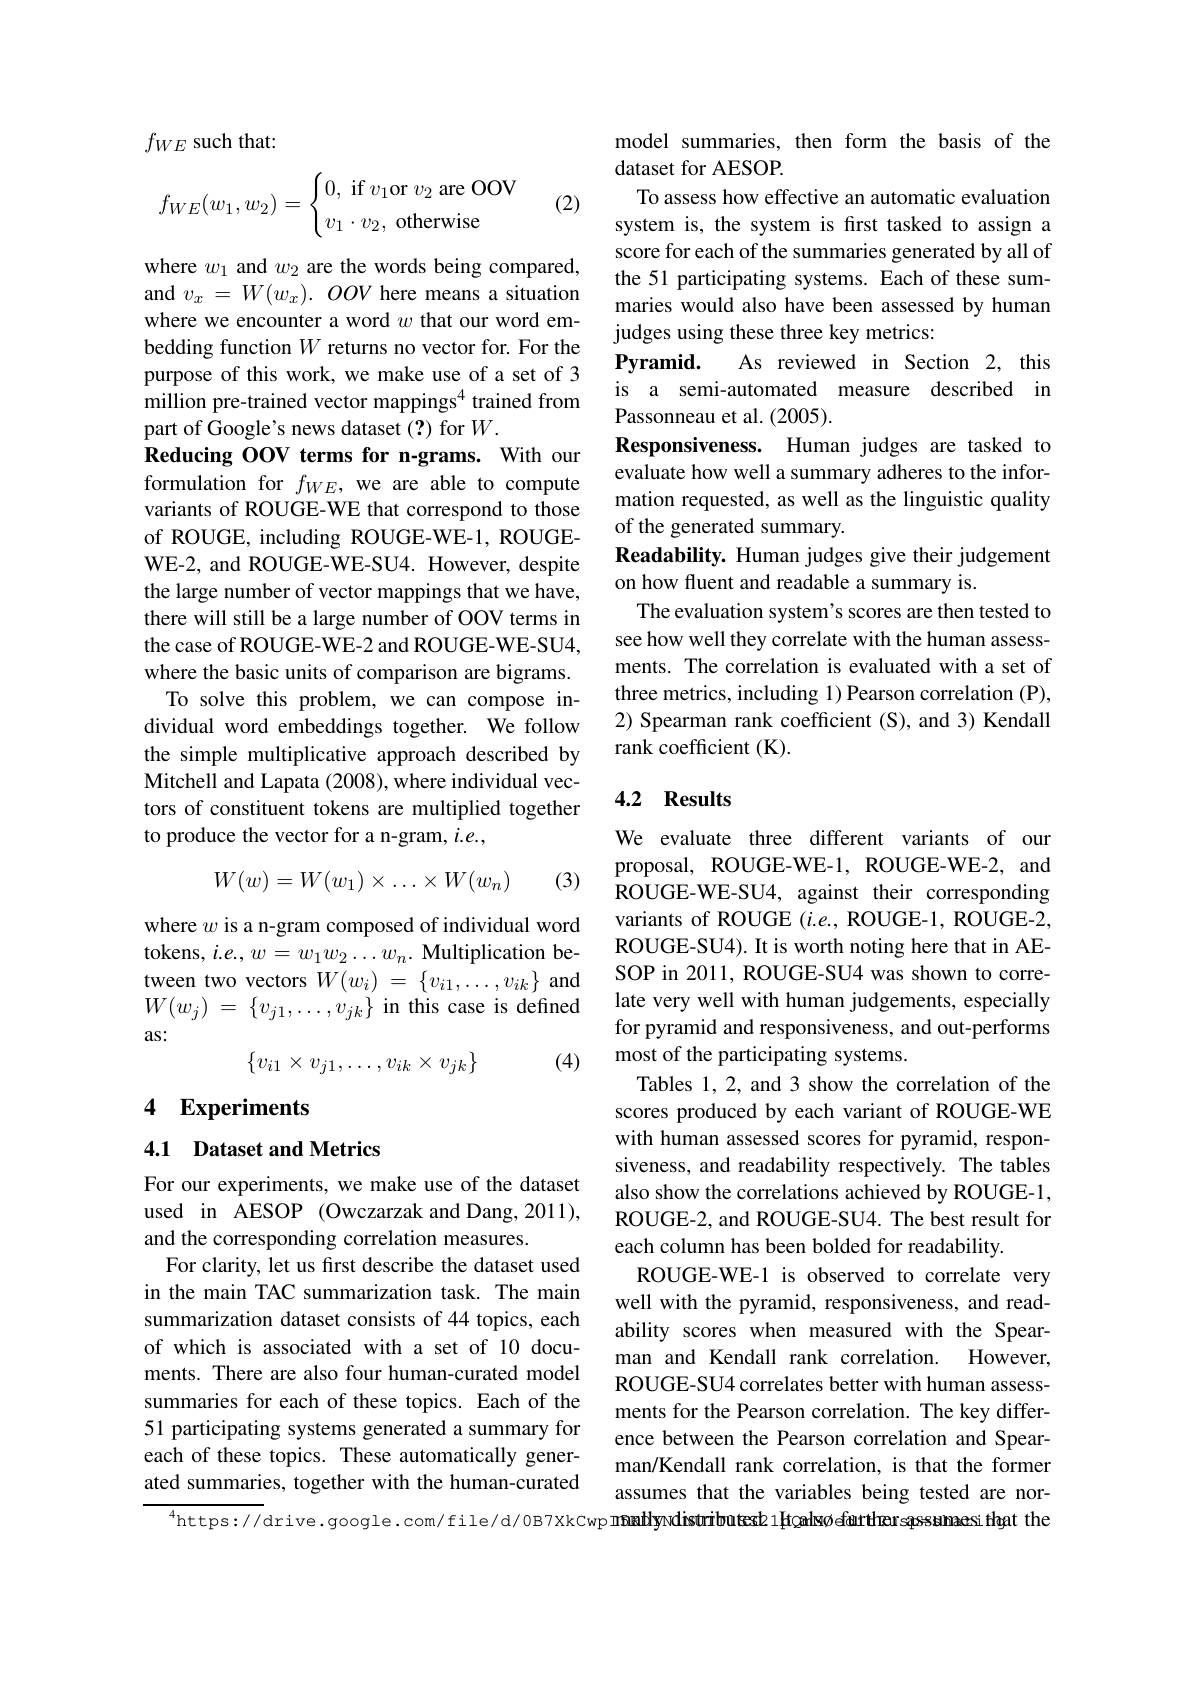
$f_{WE}$ such that:
$$f_{WE}(w_1,w_2)=\begin{cases}0,\text{if}v_1\text{or}v_2\text{are OOV}\\v_1\cdot v_2,\text{otherwise}\end{cases}$$
(2)

where $w_1$ and $w_2$ are the words being compared, and $v_x= W( w_x) . \textit{ OOV here means a situation}$ where we encounter a word $w$ that our word embedding function $W$ returns no vector for. For the purpose of this work, we make use of a set of 3 million pre-trained vector mappings$^{4}$ trained from part of Google's news dataset (?) for $W.$
Reducing OOV terms for n-grams. With our formulation for $f_{WE}$, we are able to compute variants of ROUGE-WE that correspond to those of ROUGE, including ROUGE-WE-1, ROUGEWE-2, and ROUGE-WE-SU4. However, despite the large number of vector mappings that we have, there will still be a large number of OOV terms in the case of ROUGE-WE-2 and ROUGE-WE-SU4, where the basic units of comparison are bigrams.
To solve this problem, we can compose individual word embeddings together. We follow the simple multiplicative approach described by Mitchell and Lapata (2008), where individual vectors of constituent tokens are multiplied together to produce the vector for a n-gram, $i.e.$,
$$W(w)=W(w_1)\times\ldots\times W(w_n)$$
(3)

where $w$ is a n-gram composed of individual word tokens, $i.e.,w=w_1w_2\ldots w_n.$ Multiplication between two vectors $W( w_i)$ = $\{ v_{i1}, \ldots , v_{ik}\}$ and $W( w_j)$ = $\{ v_{j1}, \ldots , v_{jk}\}$ in this case is defined late very well with human judgements, especially$W( w_j)$ = $\{ v_{j1}, \ldots , v_{jk}\}$ in this case is defined for nvarmid and racnoncivenacs and out nerforms
as:
$$\{v_{i1}\times v_{j1},\dots,v_{ik}\times v_{jk}\}$$
(4)

## 4 Experiments

4.1 Dataset and Metrics

For our experiments, we make use of the dataset used in AESOP (Owczarzak and Dang,2011), and the corresponding correlation measures.
For clarity, let us first describe the dataset used in the main TAC summarization task. The main summarization dataset consists of 44 topics, each of which is associated with a set of 10 documents. There are also four human-curated model summaries for each of these topics. Each of the 51 participating systems generated a summary for each of these topics. These automatically generated summaries, together with the human-curated

model summaries, then form the basis of the
dataset for AESOP.

To assess how effective an automatic evaluation system is, the system is first tasked to assign a score for each of the summaries generated by all of the 51 participating systems. Each of these summaries would also have been assessed by human judges using these three key metrics:
$\mathbf{Pyramid}.$
As reviewed in Section 2, this
is a semi-automated measure described in
Passonneau et al.(2005).
Responsiveness. Human judges are tasked to evaluate how well a summary adheres to the information requested, as well as the linguistic quality of the generated summary.
Readability. Human judges give their judgement
on how fluent and readable a summary is.
The evaluation system's scores are then tested to see how well they correlate with the human assessments. The correlation is evaluated with a set of three metrics, including 1) Pearson correlation (P), 2) Spearman rank coefficient (S), and 3) Kendall rank coefficient (K).

## 4.2 Results

We evaluate three different variants of our proposal, ROUGE-WE-1, ROUGE-WE-2, and ROUGE-WE-SU4, against their corresponding variants of ROUGE $(i.e.$, ROUGE-1, ROUGE-2, ROUGE-SU4). It is worth noting here that in AESOP in 2011, ROUGE-SU4 was shown to correfor pyramid and responsiveness, and out-performs most of the participating systems.
Tables 1, 2, and 3 show the correlation of the scores produced by each variant of ROUGE-WE with human assessed scores for pyramid, responsiveness, and readability respectively. The tables also show the correlations achieved by ROUGE-1, ROUGE-2, and ROUGE-SU4. The best result for each column has been bolded for readability.
ROUGE-WE-1 is observed to correlate very well with the pyramid, responsiveness, and readability scores when measured with the Spearman and Kendall rank correlation.
However,
ROUGE-SU4 correlates better with human assessments for the Pearson correlation. The key difference between the Pearson correlation and Spearman/Kendall rank correlation, is that the former assumes that the variables being tested are nor-
$^{4}$https://drive.google.com/file/d/0B7XkCwp nandistributesk1Įtonlsøefarthersqssamaesi that the